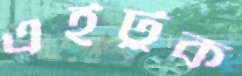
এইটুক